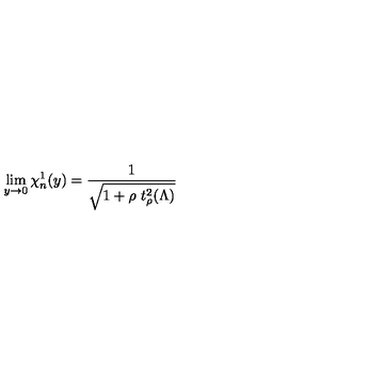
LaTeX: \lim _ { y \to 0 } \chi _ { n } ^ { 1 } ( y ) = \frac { 1 } { \sqrt { 1 + \rho \ t _ { \rho } ^ { 2 } ( \Lambda ) } }